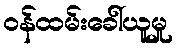
ဝန်ထမ်းခေါ်ယူမှု